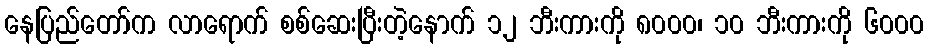
နေပြည်တော်က လာရောက် စစ်ဆေးပြီးတဲ့နောက် ၁၂ ဘီးကားကို ၈၀၀၀၊ ၁၀ ဘီးကားကို ၆၀၀၀